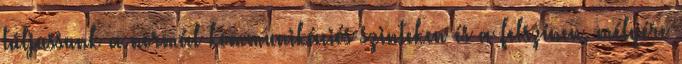
túljussunk a normál kommunikációs szinteken és a felszínen, mélyére